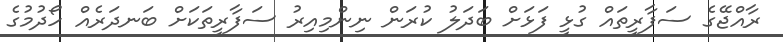
ރާއްޖޭގެ ސަފާރީތައް ގުޅީ ފަޅަށް ބަދަލު ކުރަން ނިންމިއިރު ސަފާރީތަކަށް ބަނދަރެއް ހޯދުމުގެ